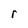
Character: r